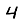
Digit: 4